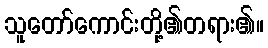
သူတော်ကောင်းတို့၏တရား၏။